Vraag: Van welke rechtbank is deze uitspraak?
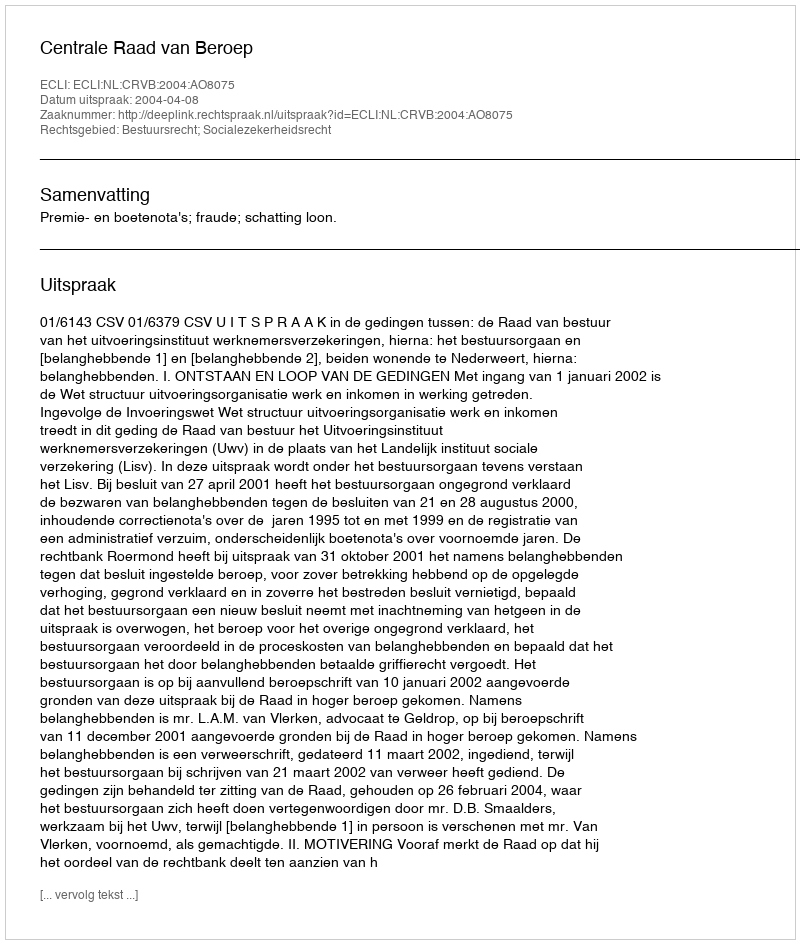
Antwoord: Centrale Raad van Beroep